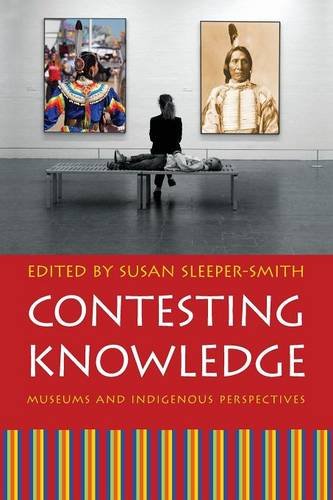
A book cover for Contesting Knowledge: Museums and Indigenous Perspectives; Business & Money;